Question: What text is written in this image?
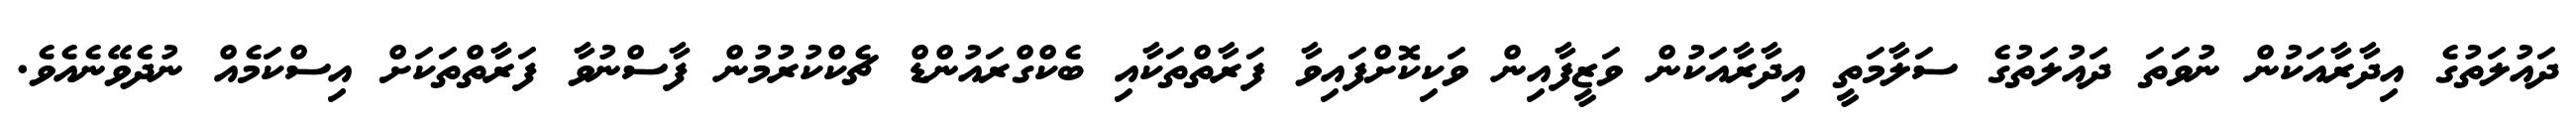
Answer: ދައުލަތުގެ އިދާރާއަކުން ނުވަތަ ދައުލަތުގެ ސަލާމަތީ އިދާރާއަކުން ވަޒީފާއިން ވަކިކޮށްފައިވާ ފަރާތްތަކާއި ބެކްގްރައުންޑް ޗެކްކުރުމުން ފާސްނުވާ ފަރާތްތަކަށް އިސްކަމެއް ނުދެވޭނެއެވެ.